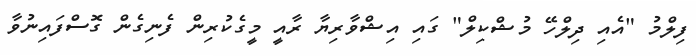
ފިލްމު "އެއި ދިލްހޭ މުޝްކިލް" ގައި އިޝްވާރިޔާ ރާއީ މީގެކުރިން ފެނިގެން ގޮސްފައިނުވާ